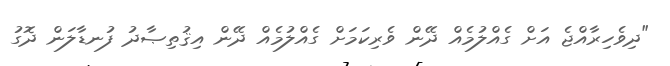
"ދިވެހިރާއްޖެ އަށް ގެއްލުމެއް ދޭން ވެރިކަމަށް ގެއްލުމެއް ދޭން އިޤުތިޞާދު ފުނޑާލަން ދޮގު